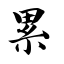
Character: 累